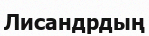
Лисандрдың